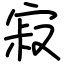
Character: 寂